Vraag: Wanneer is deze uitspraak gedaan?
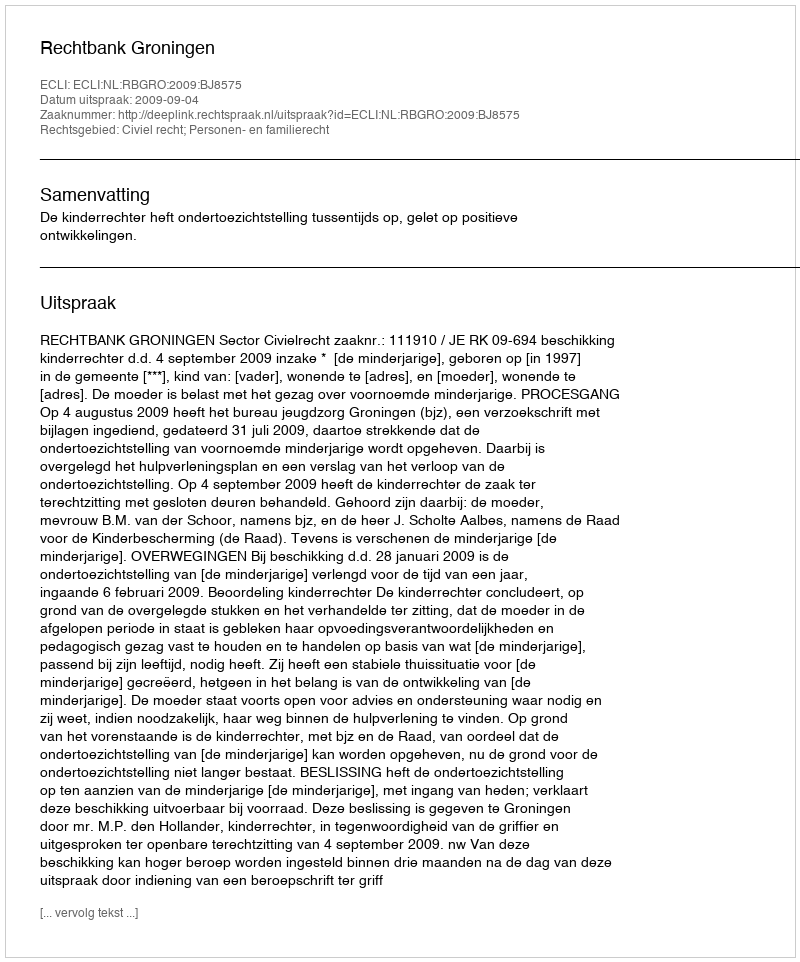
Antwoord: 2009-09-04